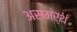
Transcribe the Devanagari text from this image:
असमर्थं